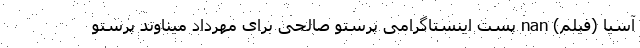
آسیا (فیلم) nan پست اینستاگرامی پرستو صالحی برای مهرداد میناوند پرستو